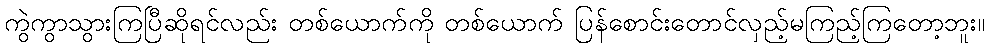
ကွဲကွာသွားကြပြီဆိုရင်လည်း တစ်ယောက်ကို တစ်ယောက် ပြန်စောင်းတောင်လှည့်မကြည့်ကြတော့ဘူး။